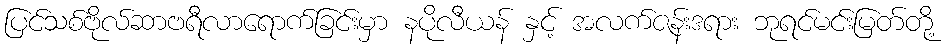
ပြင်သစ်ဗိုလ်ဆာဗရီလာရောက်ခြင်းမှာ နပိုလီယန် နှင့် အလက်ဇန်းဒရား ဘုရင်မင်းမြတ်တို့